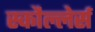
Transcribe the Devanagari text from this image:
स्कौल्लेर्स